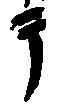
テ